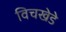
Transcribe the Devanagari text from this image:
विचखेडे